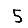
Digit: 5